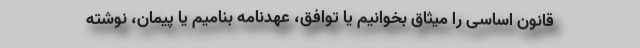
قانون اساسی را میثاق بخوانیم یا توافق، عهدنامه بنامیم یا پیمان، نوشته